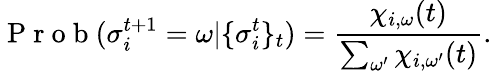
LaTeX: \mathrm{~P~r~o~b~}(\sigma_{i}^{t+1}=\omega|\{ \sigma_{i}^{t}\} _{t})=\frac{\chi_{i,\omega}(t)}{\sum_{\omega^{\prime}}\chi_{i,{\omega^{\prime}}}(t)}.